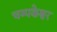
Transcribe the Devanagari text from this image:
चम्पकेश्वर